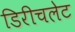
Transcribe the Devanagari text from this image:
डिरीचलेट